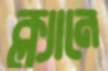
ক্ল্যানে